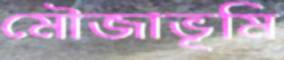
মৌজাভূমি